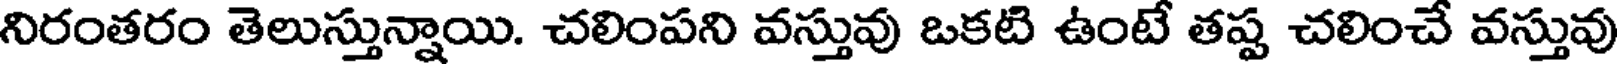
నిరంతరం తెలుస్తున్నాయి. చలింపని వస్తువు ఒకటి ఉంటే తష్ట చలించే వస్తువు